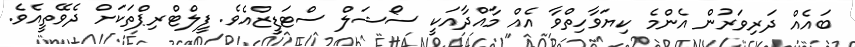
ބައެއް ދަރިވަރުން އެންމެ ކިޔަވާހިތްވާ އެއް މާއްދާއަކީ ސޯޝަލް ސްޓަޑީޒްއެވެ. ފީލްޓްރިޕްތަކަށް ދެވޭތީއެވެ.